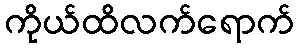
ကိုယ်ထိလက်ရောက်